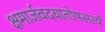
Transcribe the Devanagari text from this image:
क्षमार्जवदयातोषसत्यं